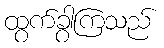
ထွက်ခွာကြသည်